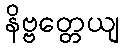
နိဗ္ဗတ္တေယျ